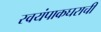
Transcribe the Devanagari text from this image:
स्वयंपाकघराची